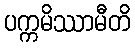
ပက္ကမိဿာမီတိ